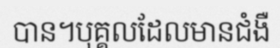
បាន។បុគ្គលដែលមានជំងឺ